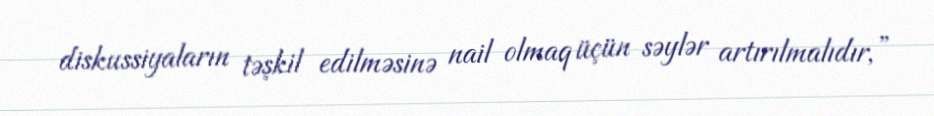
diskussiyaların təşkil edilməsinə nail olmaq üçün səylər artırılmalıdır,”